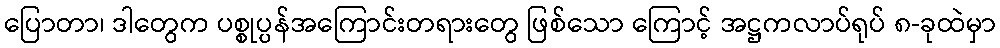
ပြောတာ၊ ဒါတွေက ပစ္စုပ္ပန်အကြောင်းတရားတွေ ဖြစ်သော ကြောင့် အဋ္ဌကလာပ်ရုပ် ၈-ခုထဲမှာ